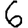
Digit: 6